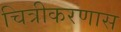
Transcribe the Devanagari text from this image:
चित्रीकरणास